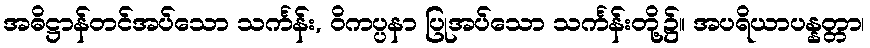
အဓိဋ္ဌာန်တင်အပ်သော သင်္ကန်း, ဝိကပ္ပနာ ပြုအပ်သော သင်္ကန်းတို့၌။ အပရိယာပန္နတ္တာ၊